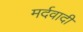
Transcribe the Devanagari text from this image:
मर्दवादी